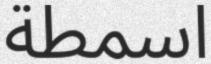
اسمطة